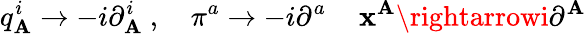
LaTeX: q_{\mathbf{A}}^{i}\rightarrow-i\partial_{\mathbf{A}}^{i}\ ,\quad\pi^{a}\rightarrow-i\partial^{a}\, \quad\mathbf{x}^{\mathbf{A}}\rightarrowi\partial^{\mathbf{A}}